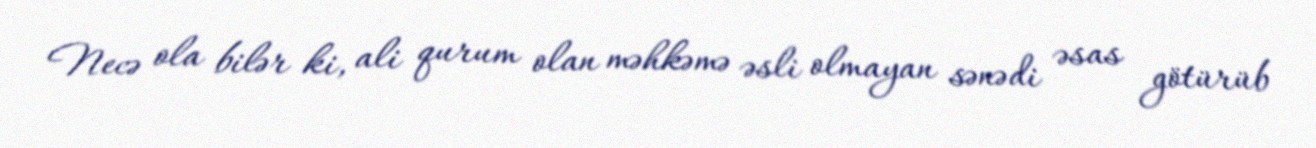
Necə ola bilər ki, ali qurum olan məhkəmə əsli olmayan sənədi əsas götürüb